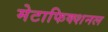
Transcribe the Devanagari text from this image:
मेटाफिक्शनल